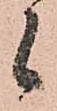
候